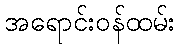
အရောင်းဝန်ထမ်း